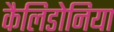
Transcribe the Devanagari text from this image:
कैलिडोनिया